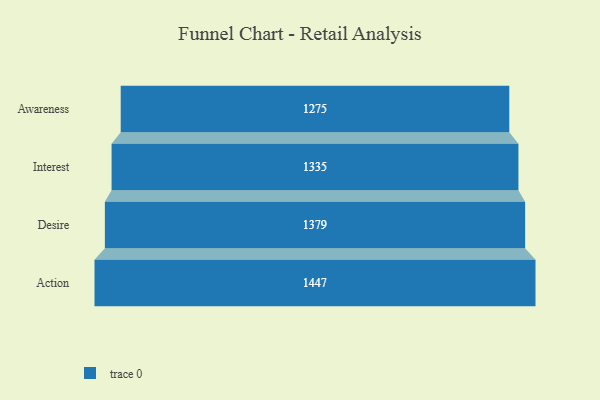
{"axis": {"x": "Stage", "y": "Value"}, "legend": [""], "data": [{"x": "Awareness", "y": 1275.0, "type": ""}, {"x": "Interest", "y": 1335.0, "type": ""}, {"x": "Desire", "y": 1379.0, "type": ""}, {"x": "Action", "y": 1447.0, "type": ""}]}